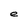
Character: e